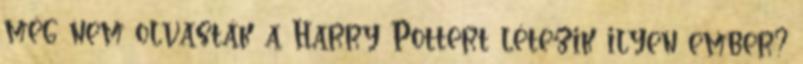
még nem olvasták a Harry Pottert létezik ilyen ember?